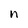
Character: n